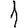
Digit: 1